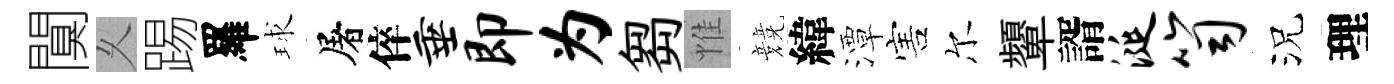
闃乆踢羅球屠倅垂即为芻惟競緯潭害尔顰諝涎笥況理